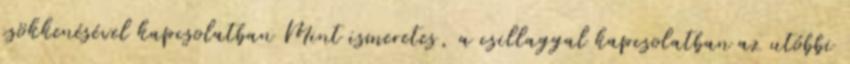
csökkenésével kapcsolatban Mint ismeretes, a csillaggal kapcsolatban az utóbbi